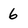
Character: 6